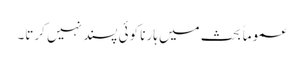
عموماً بحث میں ہارنا کوئی پسند نہیں کرتا۔